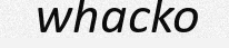
whacko